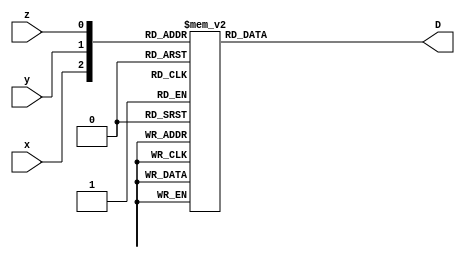
`timescale 1ns / 1ps
//////////////////////////////////////////////////////////////////////////////////
// Company: 
// Engineer: 
// 
// Design Name: 
// Module Name: report2_3_to_8_decoder
// Project Name: 
// Target Devices: 
// Tool Versions: 
// Description: 
// 
// Dependencies: 
// 
// Revision:
// Revision 0.01 - File Created
// Additional Comments:
// 
//////////////////////////////////////////////////////////////////////////////////


module report2_3_to_8_decoder(x, y, z, D);
input x, y, z;
output reg[7:0] D;
always @({x, y, z})
begin
case({x, y, z})
3'b000 : D = 8'b00000001;
3'b001 : D = 8'b00000010;
3'b010 : D = 8'b00000100;
3'b011 : D = 8'b00001000;
3'b100 : D = 8'b00010000;
3'b101 : D = 8'b00100000;
3'b110 : D = 8'b01000000;
3'b111 : D = 8'b10000000;
default : D = 8'b00000000;
endcase
end
endmodule